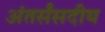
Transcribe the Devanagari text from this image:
अंतर्संसदीय